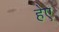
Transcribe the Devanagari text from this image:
हेए